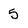
Character: 5